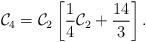
LaTeX: \begin{align*}{\cal C}_4={\cal C}_2\left[\frac{1}{4}{\cal C}_2+\frac{14}{3} \right].\end{align*}